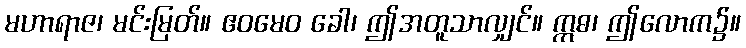
မဟာရာဇ၊ မင်းမြတ်။ ဧဝမေဝ ခေါ၊ ဤအတူသာလျှင်။ ဣဓ၊ ဤလောက၌။